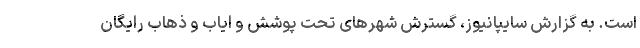
است. به گزارش سایپانیوز، گسترش شهرهای تحت پوشش و ایاب و ذهاب رایگان